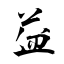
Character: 益